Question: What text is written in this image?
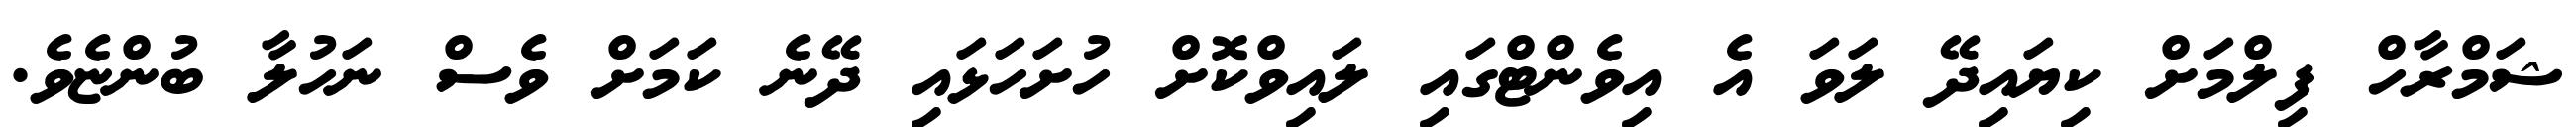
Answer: ޝަމްރާހް ފިލްމަށް ކިޔައިދޭ ލަވަ އެ އިވެންޓްގައި ލައިވްކޮށް ހުށަހަޅައި ދޭނެ ކަމަށް ވެސް ނަހުލާ ބުންޏެވެ.